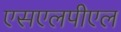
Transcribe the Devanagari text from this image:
एसएलपीएल